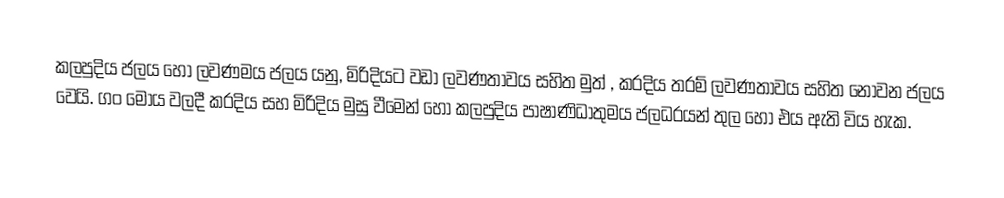
කලපුදිය ජලය හෝ  ලවණමය ජලය යනු,  මිරිදියට වඩා ලවණතාවය  සහිත මුත්  , කරදිය තරම් ලවණතාවය සහිත නොවන ජලය වෙයි. ගං මෝය වලදී කරදිය සහ මිරිදිය මුසු වීමෙන් හෝ කලපුදිය පාෂාණිධාතුමය ජලධරයන් තුල හෝ එය ඇති විය හැක.